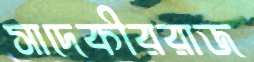
সাদেকীররাজ